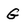
Character: G